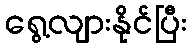
ရွေ့လျားနိုင်ပြီး